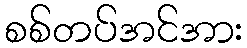
စစ်တပ်အင်အား